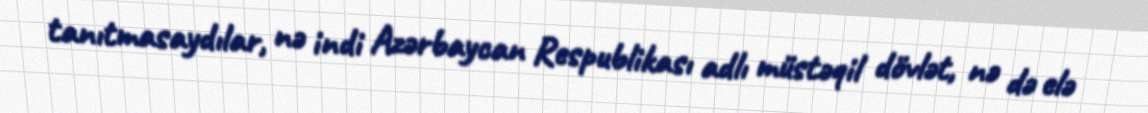
tanıtmasaydılar, nə indi Azərbaycan Respublikası adlı müstəqil dövlət, nə də elə